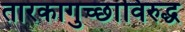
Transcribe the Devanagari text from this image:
तारकागुच्छांविरुद्ध